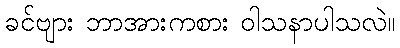
ခင်ဗျား ဘာအားကစား ဝါသနာပါသလဲ။